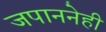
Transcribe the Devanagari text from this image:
जपाननेही